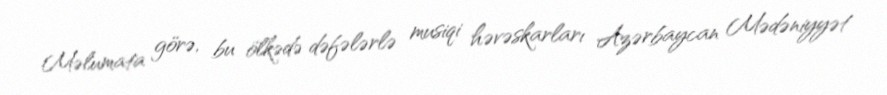
Məlumata görə, bu ölkədə dəfələrlə musiqi həvəskarları Azərbaycan Mədəniyyət